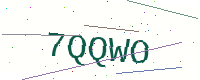
Text: 7QQWO